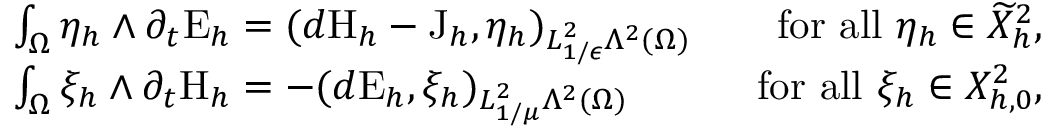
\begin{array} { r l r } & { \int _ { \Omega } \eta _ { h } \wedge \partial _ { t } \mathrm { E } _ { h } = ( d \mathrm { H } _ { h } - \mathrm { J } _ { h } , \eta _ { h } ) _ { L _ { 1 / \epsilon } ^ { 2 } \Lambda ^ { 2 } ( \Omega ) } \; } & { \mathrm { ~ f o r ~ a l l ~ } \eta _ { h } \in \widetilde { X } _ { h } ^ { 2 } , } \\ & { \int _ { \Omega } \xi _ { h } \wedge \partial _ { t } \mathrm { H } _ { h } = - ( d \mathrm { E } _ { h } , \xi _ { h } ) _ { L _ { 1 / \mu } ^ { 2 } \Lambda ^ { 2 } ( \Omega ) } \; } & { \mathrm { ~ f o r ~ a l l ~ } \xi _ { h } \in X _ { h , 0 } ^ { 2 } , } \end{array}